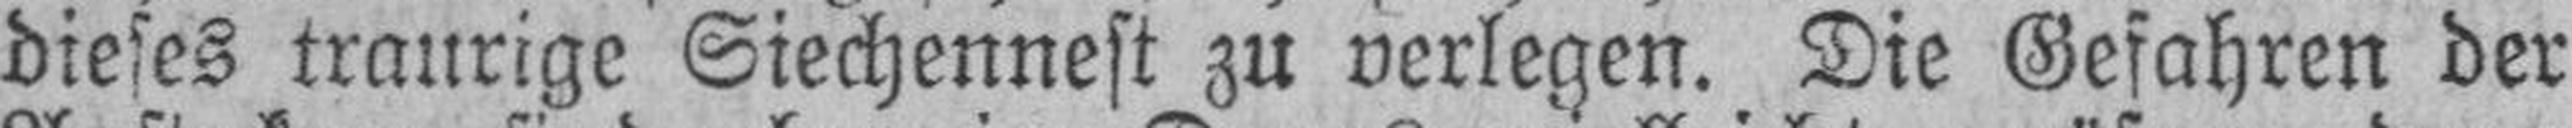
dieses traurige Siechennest zu verlegen. Die Gefahren der